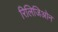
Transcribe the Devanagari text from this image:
रिलिजिओन